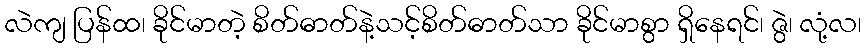
လဲကျ ပြန်ထ၊ ခိုင်မာတဲ့ စိတ်ဓာတ်နဲ့သင့်စိတ်ဓာတ်သာ ခိုင်မာစွာ ရှိနေရင်၊ ဇွဲ၊ လုံ့လ၊